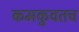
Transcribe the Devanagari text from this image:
कमकुवतच